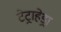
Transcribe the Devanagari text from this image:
टेट्राहेड्रा